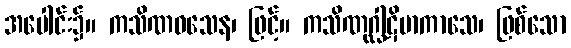
အပေါင်း၌။ ကသိဏဝသေန၊ ဖြင့်။ ကသိဏုဂ္ဃါဋိမာကာသေ၊ ဖြစ်သော